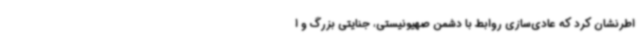
اطرنشان کرد که عادی‌سازی روابط با دشمن صهیونیستی، جنایتی بزرگ و ا